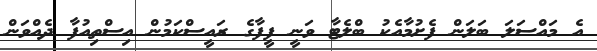
އެ މައްސަލަ ބަލަން ފެށުމާއެކު ބްލެޓާ ވަނީ ފީފާގެ ރައީސްކަމުން އިސްތިއުފާ ދެއްވަން